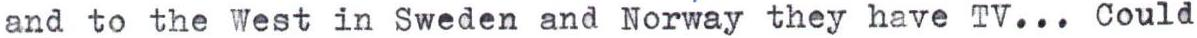
and to the West in Sweden and Norway they have TV... Could